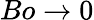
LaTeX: Bo\to 0